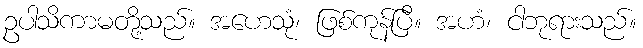
ဥပါသိကာမတို့သည်။ အဟေသုံ၊ ဖြစ်ကုန်ပြီ။ အဟံ၊ ငါဘုရားသည်။